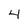
Character: 4